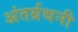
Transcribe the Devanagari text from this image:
अंतर्ग्रथनी